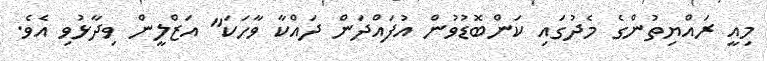
މިއީ ރައްޔިތުންގެ މެދުގައި ކަންބޮޑުވުން އުފައްދަން ދައްކާ ވާހަކަ" އަޒްލީން ވިދާޅުވި އެވެ.